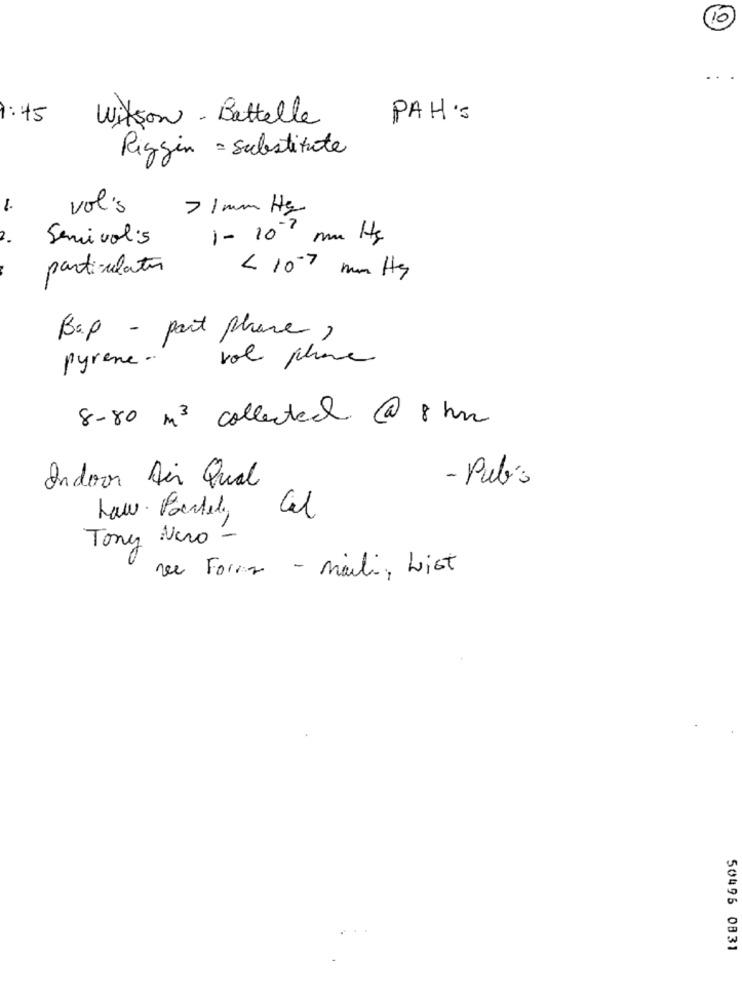
10
1:45
Wilson - Battelle
PAH:
Riggin = Substitute
1.
vol's
71 mm Hg
2.
Semivolis
particulates
< 10-7 mm Hg
Bap - part phare,
vol phone
pyrene .
8-80 m3 collected @ 8 hrs
Indoor Air Qual
- Pub's
Law. Portel Cel
Tony Nero -
De Forma - mail, List
50495 0831